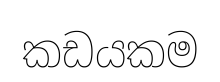
කඩයකම